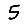
Digit: 5